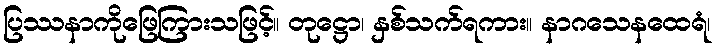
ပြဿနာကိုဖြေကြားသဖြင့်။ တုဋ္ဌော၊ နှစ်သက်ရကား။ နာဂသေနထေရံ၊